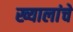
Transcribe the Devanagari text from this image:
ख्यालांचे